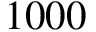
1 0 0 0